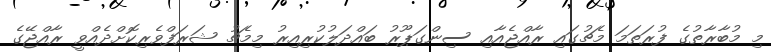
މި މުބާރާތުގެ ފުރަތަމަ މެޗުގައި ރާއްޖެއާއި ސިންގަޕޫރު ބައްދަލުކުރިއިރު މިމެޗު ޝަރަފްވެރިކޮށްދެއްވީ ރާއްޖޭގެ